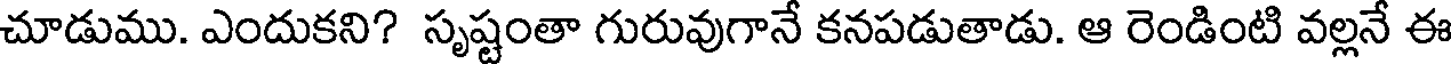
చూడుము. ఎందుకని? సృష్టంతా గురువుగానే కనపడుతాడు. ఆ రెండింటి వల్లనే ఈ